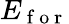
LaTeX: E_{\mathrm{~f~o~r~}}